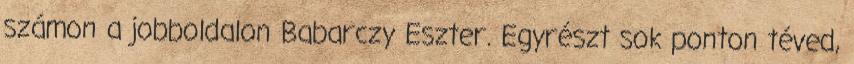
számon a jobboldalon Babarczy Eszter. Egyrészt sok ponton téved,